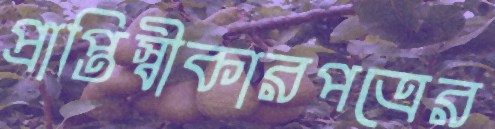
প্রাপ্তিস্বীকারপত্রের